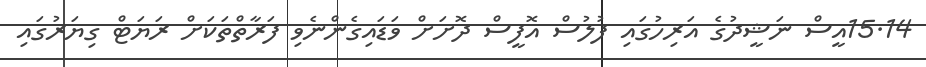
15.14އީސް ނަޝީދުގެ އަރިހުގައި ފުލުސް އޮފީސް ދޮށަށް ވަޑައިގެންނެވި ފަރާތްތަކަށް ރަޔަޓް ގިޔަރުގައި